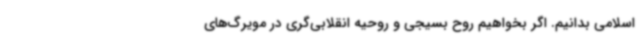
اسلامی بدانیم. اگر بخواهیم روح بسیجی و روحیه انقلابی‌گری در مویرگ‌های